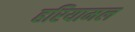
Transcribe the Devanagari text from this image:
हरियामल